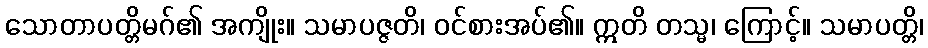
သောတာပတ္တိမဂ်၏ အကျိုး။ သမာပဇ္ဇတိ၊ ဝင်စားအပ်၏။ ဣတိ တသ္မ၊ ကြောင့်။ သမာပတ္တိ၊